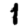
Digit: 1